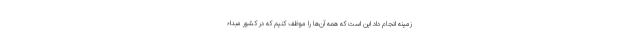
زمینه انجام داد این است که همه آن‌ها را موظف کنیم که در کشور مبداء